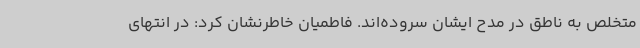
متخلص به ناطق در مدح ایشان سروده‌اند. فاطمیان خاطرنشان کرد: در انتهای